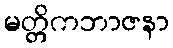
မတ္တိကဘာဇနာ